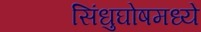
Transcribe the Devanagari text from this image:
सिंधुघोषमध्ये